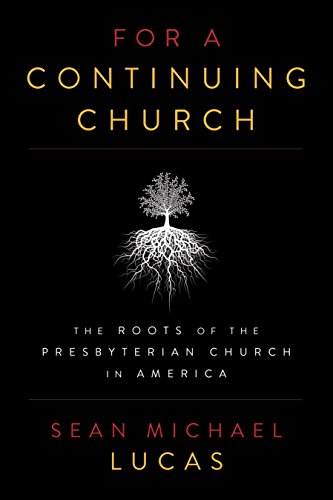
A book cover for For a Continuing Church: The Roots of the Presbyterian Church in America; Sean Michael Lucas; Christian Books & Bibles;